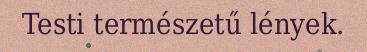
Testi természetű lények.